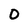
Character: 0